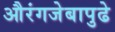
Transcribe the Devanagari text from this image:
औरंगजेबापुढे